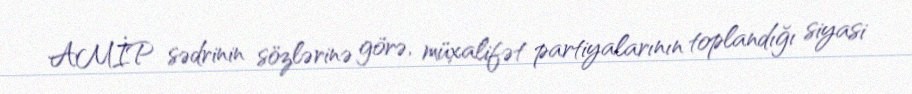
AMİP sədrinin sözlərinə görə, müxalifət partiyalarının toplandığı siyasi